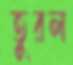
তুরল